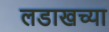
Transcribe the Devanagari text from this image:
लडाखच्या